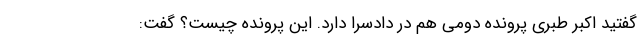
گفتید اکبر طبری پرونده دومی هم در دادسرا دارد. این پرونده چیست؟ گفت: